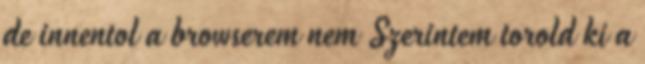
de innentol a browserem nem Szerintem torold ki a